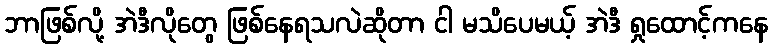
ဘာဖြစ်လို့ အဲဒီလိုတွေ ဖြစ်နေရသလဲဆိုတာ ငါ မသိပေမယ့် အဲဒီ ရှုထောင့်ကနေ